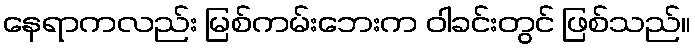
နေရာကလည်း မြစ်ကမ်းဘေးက ဝါခင်းတွင် ဖြစ်သည်။